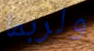
ولربما